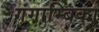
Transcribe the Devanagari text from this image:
गंगाम्बिका